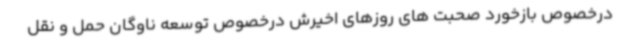
درخصوص بازخورد صحبت های روزهای اخیرش درخصوص توسعه ناوگان حمل و نقل